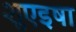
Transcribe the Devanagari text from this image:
शुएइषा